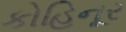
કોહિનૂર